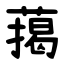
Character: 䔾